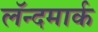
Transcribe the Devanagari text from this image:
लॅन्दमार्क